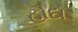
હૌદા